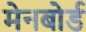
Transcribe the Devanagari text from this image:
मेनबोर्ड